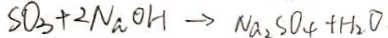
S O _ { 3 } + 2 N a O H \rightarrow N a _ { 2 } S O _ { 4 } + H _ { 2 } O